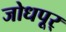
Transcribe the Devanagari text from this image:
जोधपूर्